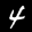
Label: 4